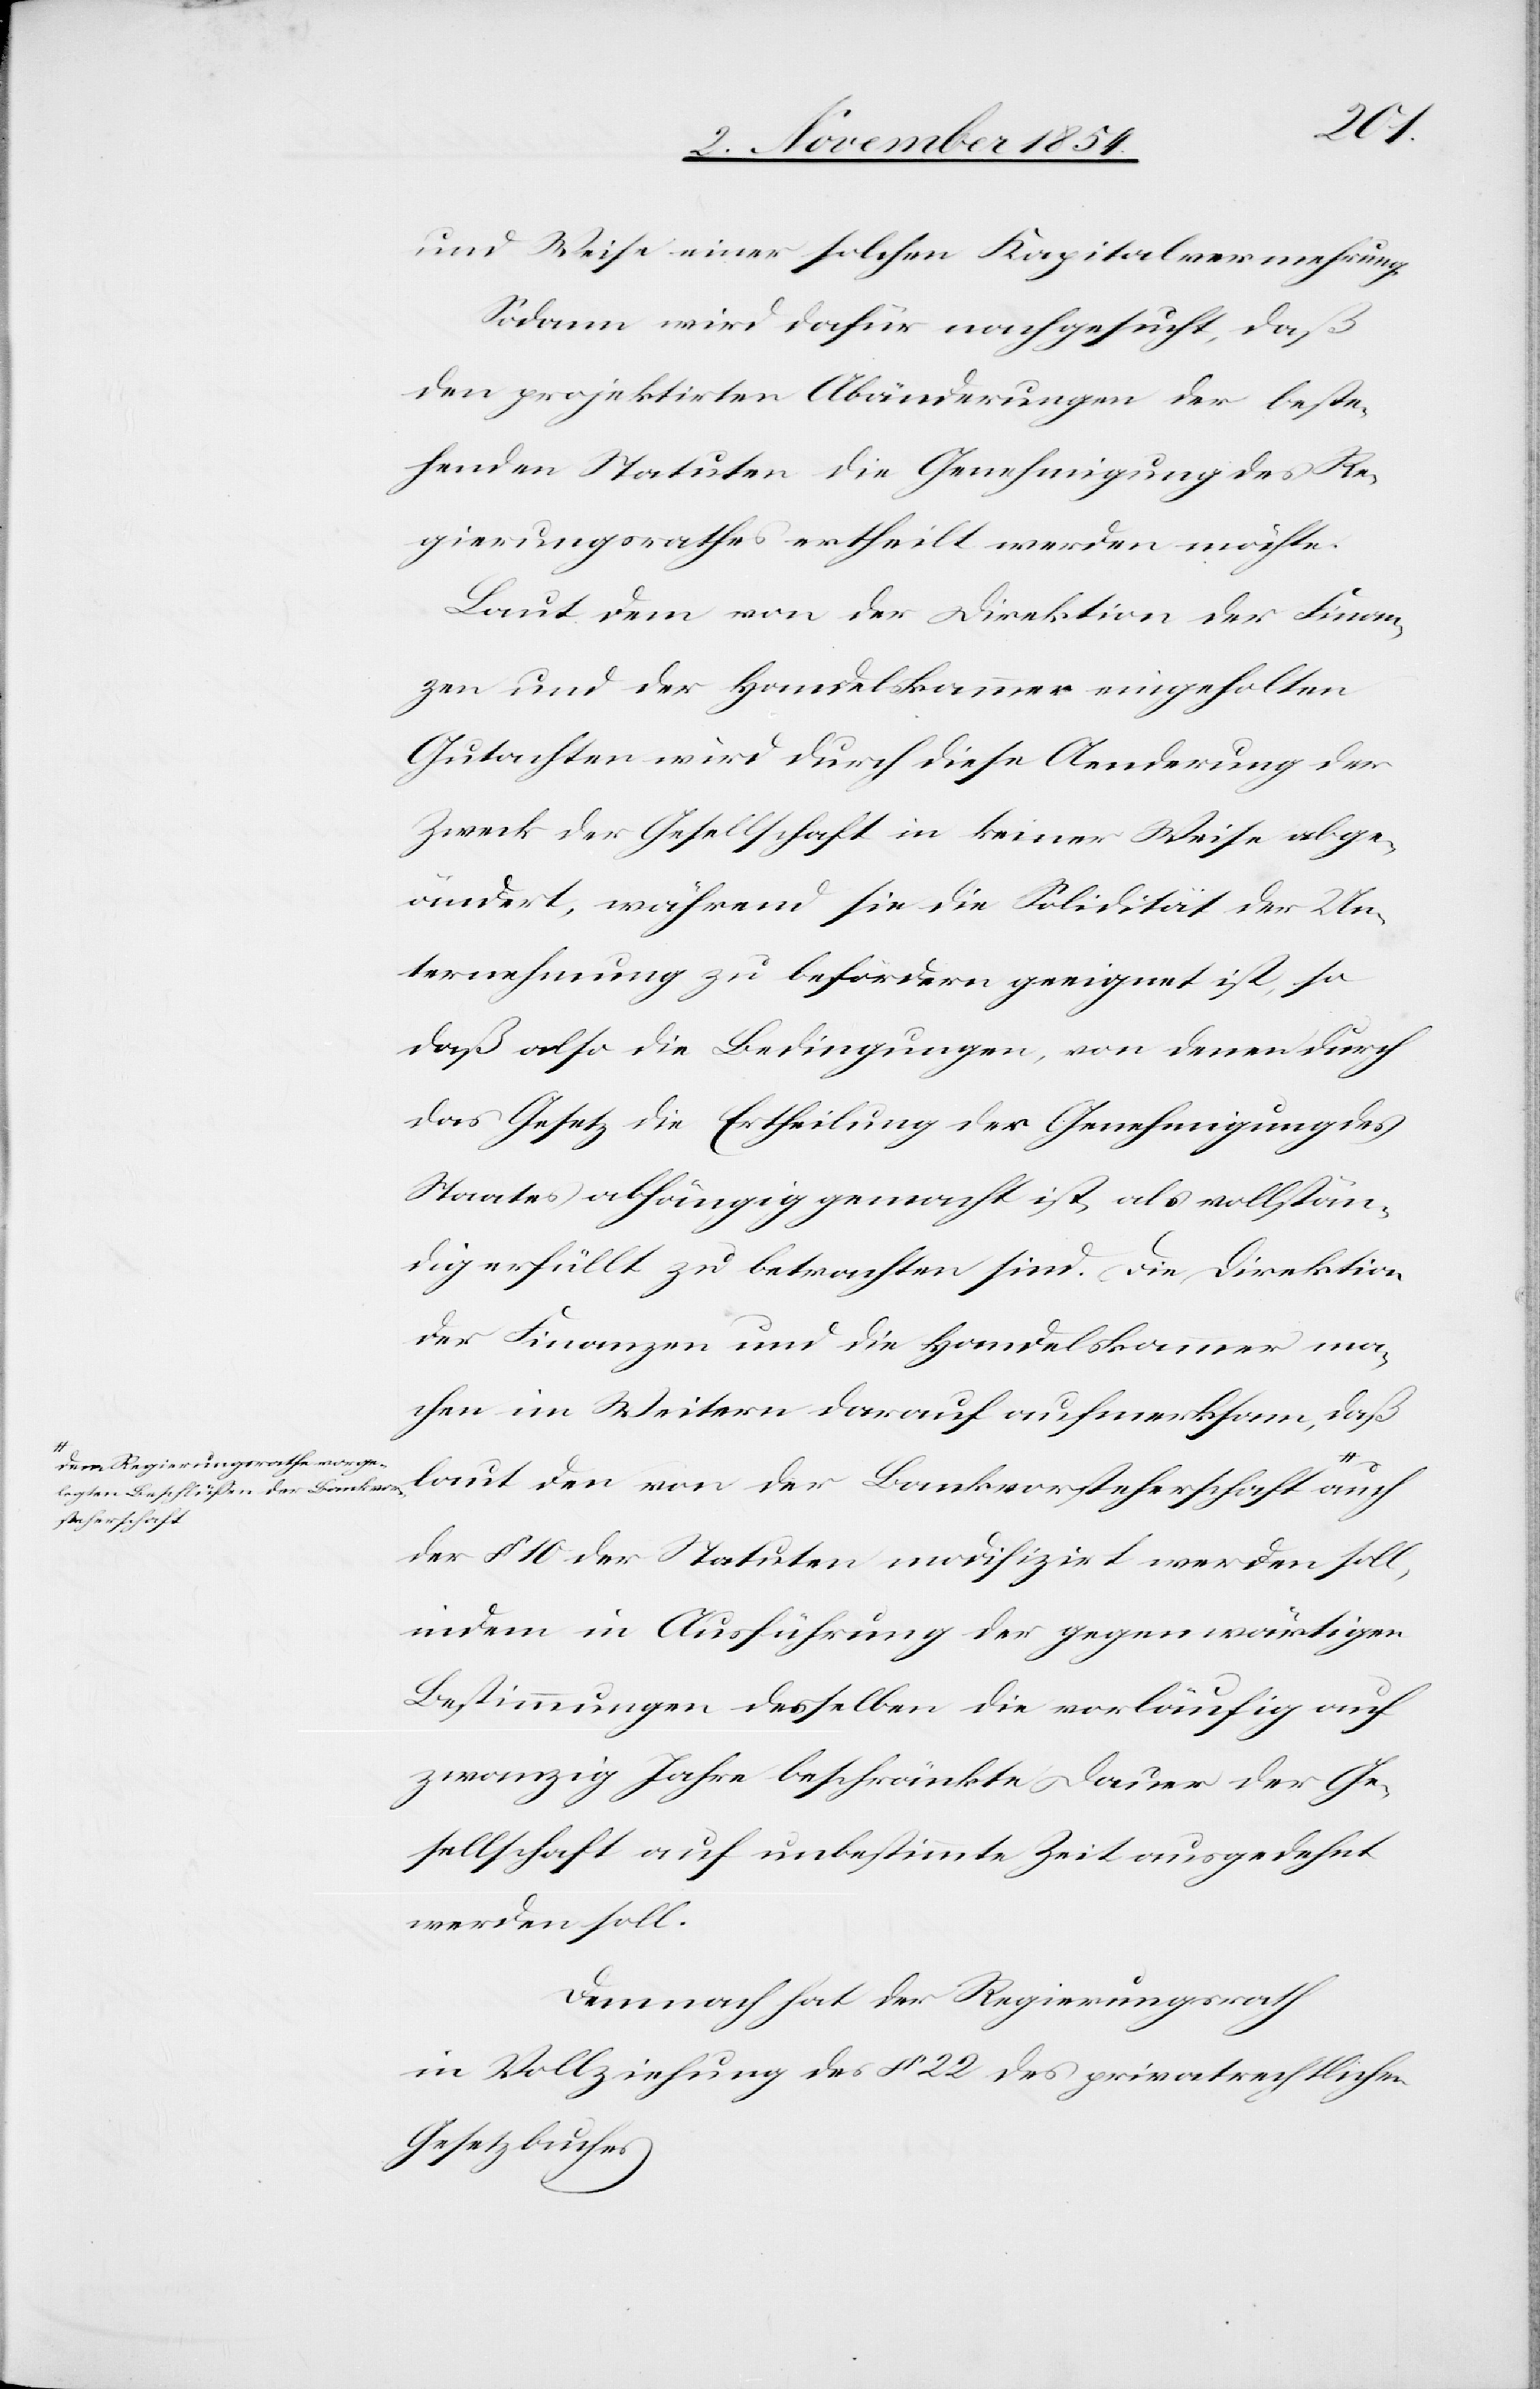
em Regierungsrathe vorge¬
legten Beschlüßen der Bankvor¬
steherschaft-a

und Weise einer solchen Kapitalvermehrung.
Sodann wird dafür nachgesucht, daß
den projektirten Abänderungen der beste¬
henden Statuten die Genehmigung des Re¬
gierungsrathes ertheilt werden möchte.
Laut dem von der Direktion der Finan¬
zen und der Handelskammer eingeholten
Gutachten wird durch diese Aenderung der
Zweck der Gesellschaft in keiner Weise abge¬
ändert, während sie die Solidität der Un¬
ternehmung zu befördern geeignet ist, so
das also die Bedingungen, von denen durch
das Gesetz die Ertheilung der Genehmigung des
Staates abhängig gemacht ist, als vollstän¬
dig erfüllt zu betrachten sind. Die Direktion
der Finanzen und die Handelskammer ma¬
chen im Weitern darauf aufmerksam, daß
laut den von der Bankvorsteherschaft a-d¬
der § 10 der Statuten modifizirt werden soll,
indem in Ausführung der gegenwärtigen
Bestimmungen desselben die vorläufig auf
zwanzig Jahre beschränkte Dauer der Ge¬
sellschaft auf unbestimmte Zeit ausgedehnt
werden soll.
Demnach hat der Regierungsrath
in Vollziehung des § 22 des privatrechtlichen
Gesetzbuches